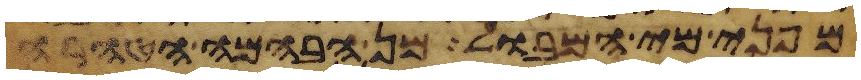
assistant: מפני מי המבול מן הבהמה הטהרה